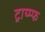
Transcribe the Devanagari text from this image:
ट्राय्म्फ